Annual report on the working of the mental hospitals in the Madras Presidency - 1912-1932
Year: 1912
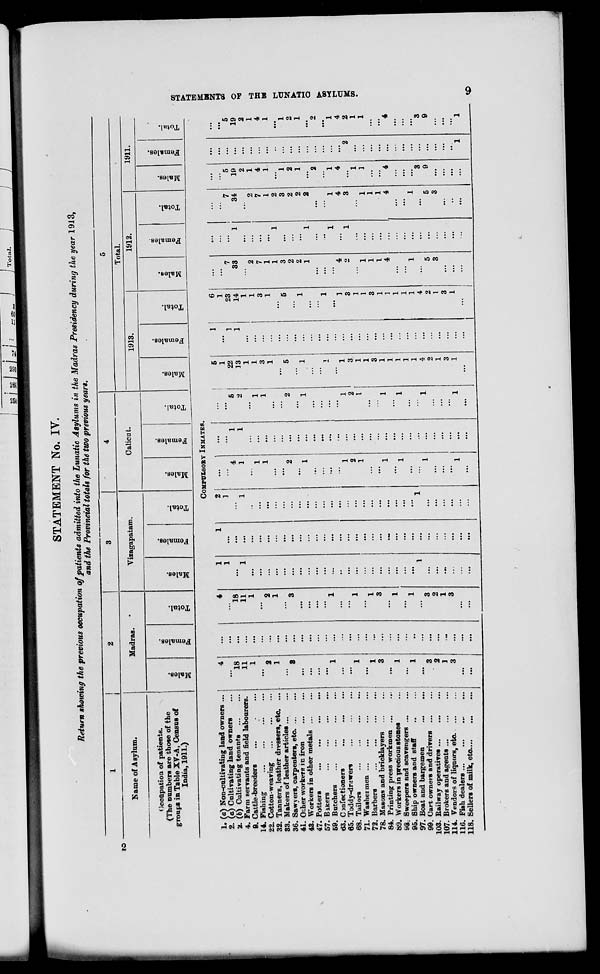
STATEMENT No. IV.
Return showing the previous occupation of patients admitted into the Lunatic Asylums in the Madras Presidency during the year 1913,
and the Provincial totals for the two previous years.
to
1
'
1
2
3
4
5
K ame of A sylum.
Madras.
•
Vizagapatam.
Calicut.
Total.
1913.
1912.
1911.
(Jccupation of patients.
(The cumbers are those of the
groups in Table XV-A, Census of
India, 1911.)
■
D
00
D
"3
e
o
"3
O
no
CD
a
00
9
"3
S
CD
fa
13 •ia
O
EH
00
09
*3
3
00
S
09
fa.
c8
O
E-i
00
09
a
oo
09
"3
S
09
fa
•a
o
■
CD
*3
00
CD
'3
S
CD
fa
•3
O
H
00
CD
1
a
to
o
"3
6
£
fa
"a
o
COMPULSORY INMATES.
1. (a) Non-cultivating land owners ...
4
2. (a) Cultivating land owners
2. (b) Cultivating tenants
18
4. Farm servants and field labourers.
11
9. Cattle-breeders
1
...
14. Fishing
.'.
22. Cotton-weaving
2
32. Tanners, leather dressers, etc.
1
83. Makers of leather articles
36. Sawyers, carpenters, etc. ...
8
41. Oi;her workers in iron
43. Workers in other metals ...
47. Potters
57. Bikera
59. Butchers
...
...
63. C m fee Honors
65. Toddy-dr.iwers
68. Tailors
,
71. Washermen ...
72. Barbers
78. Masons and bricklayers
84. Printing press workmen ...
...
89. Workers in precious stones
...
98: Sweepers and scavengers
95. Ship owners and staff
97. Boat and bargemen
99. Cart owners and drivers ...
3
103. Railway operatives
2
107. Brokers and agents ...
1
114. Vendors of liquors, etc.
3
116. Fish dealers
...
118. Sellers of milk, eto
!
1
...
|
...
18
11
1
2
1
3
...
2
1
3
...
...
...
...
...
...
...
...
...
...
...
...
...
...
...
2
...
1
•••
4
...
1
1
...
1
1
1
2
1
1
2
1
1
1
...
1
1
...
1
1
...
5
1
1
22
1
13
1
1
1
...
3
1
...
"" 1
1
1
2
3
I
1
1
3
1
1
1
1
1
1
1
1
4
2
1
3
1
1
...
6
1
23
7
14
33
1
1
2
3
7
1
1
1
5
3
2
1
2
1
...
1
...
1
" 4
3
'Z
1
1
1
3
1
1
1
1
4
1
1
1
1
4
2
5
1
3
3
1
...
1
7
5
4
19
2
2
1
7
4
1
1
2
3
1
2
2
2
1
2
2
1
1
4
4
3
1
1
1
1
1
4
4
5
19
2
1
4
1
"l
1
4
2
1
1
3
9
00
►
S
H
S
H
CD
o
H3
H
M
f
d
18
a
c
K
w
<o